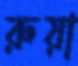
রুয়া